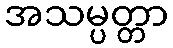
အသမ္ပတ္တာ